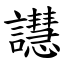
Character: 譿